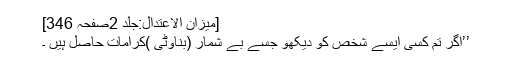
[میزان الاعتدال:جلد 2صفحہ 346]
’’اگر تم کسی ایسے شخص کو دیکھو جسے بے شمار (بناوٹی )کرامات حاصل ہیں ۔